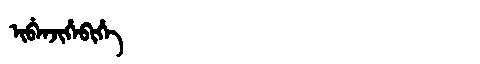
Manchu: ᡳᠪᡝᠨᠵᡳᡥᡝᠪᡳᡥᡝ
Romanization: IBENJIHEBIHE